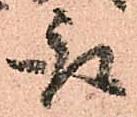
取